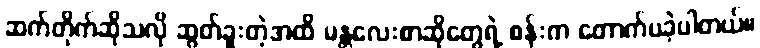
ဆက်တိုက်ဆိုသလို ဆွတ်ခူးတဲ့အထိ မန္တလေးစာဆိုတွေရဲ့ စန်းက တောက်ပခဲ့ပါတယ်။